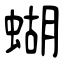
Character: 蝴